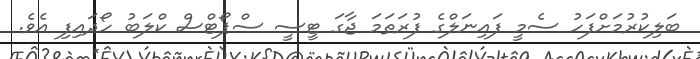
ބަލިކުރުމަށްފަހު ސެމީ ފައިނަލްގެ ފުރަތަމަ ޖާގަ ޓީސީ ސްޕޯޓްސް ކްލަބު ހޯދައިފި އެވެ.